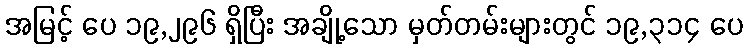
အမြင့် ပေ ၁၉,၂၉၆ ရှိပြီး အချို့သော မှတ်တမ်းများတွင် ၁၉,၃၁၄ ပေ